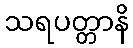
သရပတ္တာနိ